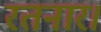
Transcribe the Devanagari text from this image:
रतनार।